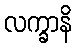
လက္ခာနိ